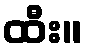
ထီး။